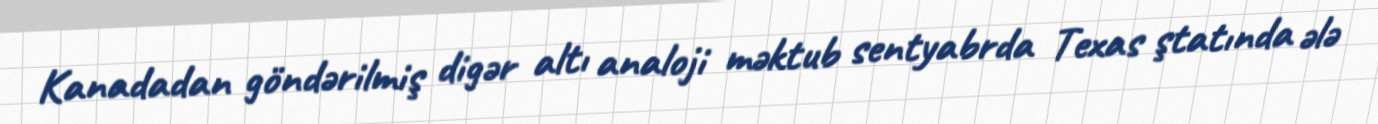
Kanadadan göndərilmiş digər altı analoji məktub sentyabrda Texas ştatında ələ